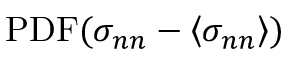
\mathrm { P D F } ( \sigma _ { n n } - \left\langle \sigma _ { n n } \right\rangle )